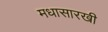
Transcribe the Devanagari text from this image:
मधासारखी